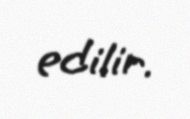
edilir.